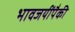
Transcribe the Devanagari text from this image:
भावजयींपैकी